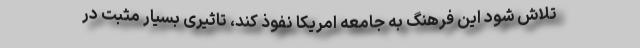
تلاش شود این فرهنگ به جامعه امریکا نفوذ کند، تاثیری بسیار مثبت در